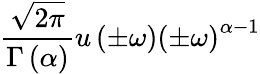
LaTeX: {\frac{\sqrt{2\pi}}{\Gamma\left(\alpha\right)}}u\left(\pm\omega\right)\left(\pm\omega\right)^{\alpha-1}